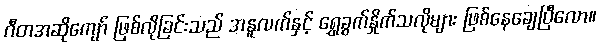
ဂီတအဆိုကျော် ဖြစ်လိုခြင်းသည် အနူလက်နှင့် ရွှေခွက်နှိုက်သလိုများ ဖြစ်နေချေပြီလော။